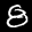
Label: 8